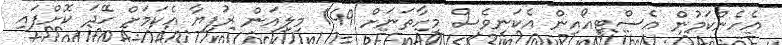
އެހެންކަމުން އެސްޓީއޯއިން އެކަނިވެސް މިހާތަނަށް 149 މިލިއަން ރުފިޔާ އެކަމަށް ހޭދަ ކޮށްފައި